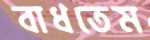
বাধতেম